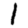
Digit: 1